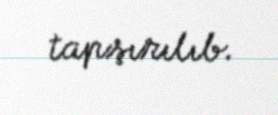
tapşırılıb.